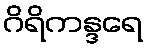
ဂိရိကန္ဒရေ